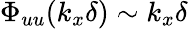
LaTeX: \Phi_{uu}(k_{x}\delta)\sim k_{x}\delta